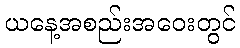
ယနေ့အစည်းအဝေးတွင်